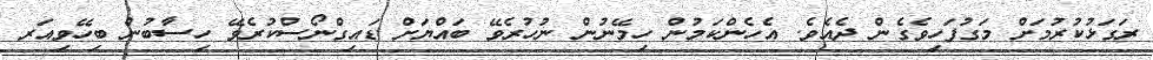
ރަގަޅުކުރުމަށް މަގުފަހިވެގެން ދެއެވެ. އެހެންކަމުން ހިމޭނުން ނުހުރެވޭ ބައްޔަށް ޑައިގްނޯސްކުރެވޭ ހިސާބުން ބިހޭވިއަރ